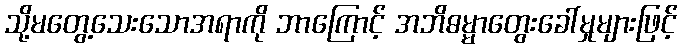
သို့မတွေ့သေးသောအရာကို ဘာကြောင့် အဘိဓမ္မာတွေးခေါ်မှုများဖြင့်